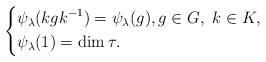
LaTeX: \begin{align*}\left\{\begin{aligned} &\psi_\lambda(kgk^{-1})=\psi_\lambda(g),g\in G, ~k\in K,\\& \psi_\lambda(1)=\dim\tau.\end{aligned}\right.\end{align*}